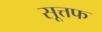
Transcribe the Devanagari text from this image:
सूत्तफ